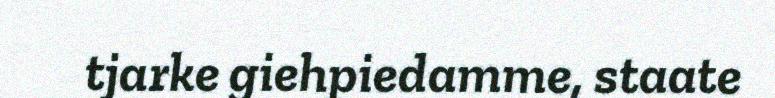
tjarke giehpiedamme, staate